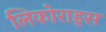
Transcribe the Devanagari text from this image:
लिकोराइस